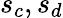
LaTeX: s_{c},s_{d}